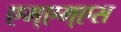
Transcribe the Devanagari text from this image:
एम्एम्एस